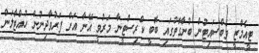
ޓީއެމްޒީ ވެބްސައިޓުން ބުނާގޮތުގައި ބޮބީ ކްރިސްޓީނާ މަރުވީ އޭނާ އަށް ފަރުވާދިނުން ހުއްޓާލަން